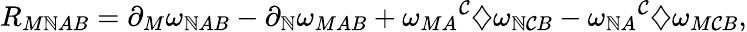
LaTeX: R_{M\mathbb{N}AB}=\partial_{M}\omega_{\mathbb{N}AB}-\partial_{\mathbb{N}}\omega_{MAB}+{\omega_{MA}}^{\mathcal{C}}\diamondsuit\omega_{\mathbb{N}\mathcal{C}B}-{\omega_{\mathbb{N}A}}^{\mathcal{C}}\diamondsuit\omega_{M\mathcal{C}B},